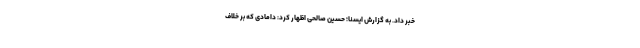
خبر داد. به گزارش ایسنا؛ حسین صالحی اظهار کرد: دامادی که بر خلاف